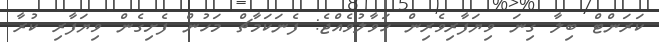
ކަރަންޓް ބިލާ ގިނަ ވިޔަފާރިވެރިން ހަވާލުވެއްޖެ: ފެނަކަމާޗް މަހުން ފެށިގެން ވިޔަފާރި ކުރާ